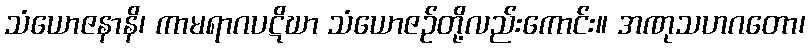
သံယောဇနာနိ၊ ကာမရာဂပဋိဃာ သံယောဇဉ်တို့လည်းကောင်း။ အဏုသဟဂတော၊